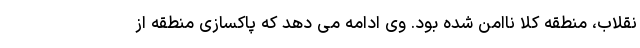
نقلاب، منطقه کلا ناامن شده بود. وی ادامه می دهد که پاکسازی منطقه از